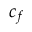
c _ { f }